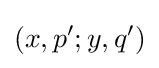
(x,p';y,q')